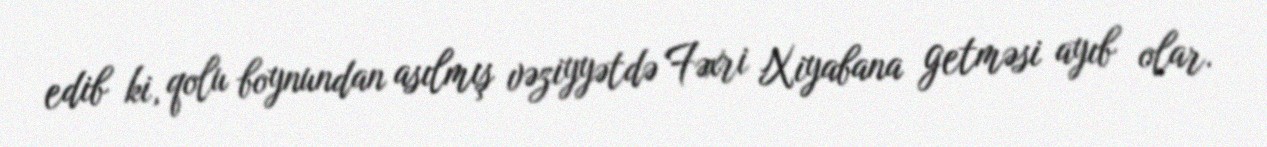
edib ki, qolu boynundan asılmış vəziyyətdə Fəxri Xiyabana getməsi ayıb olar.